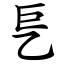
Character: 乬